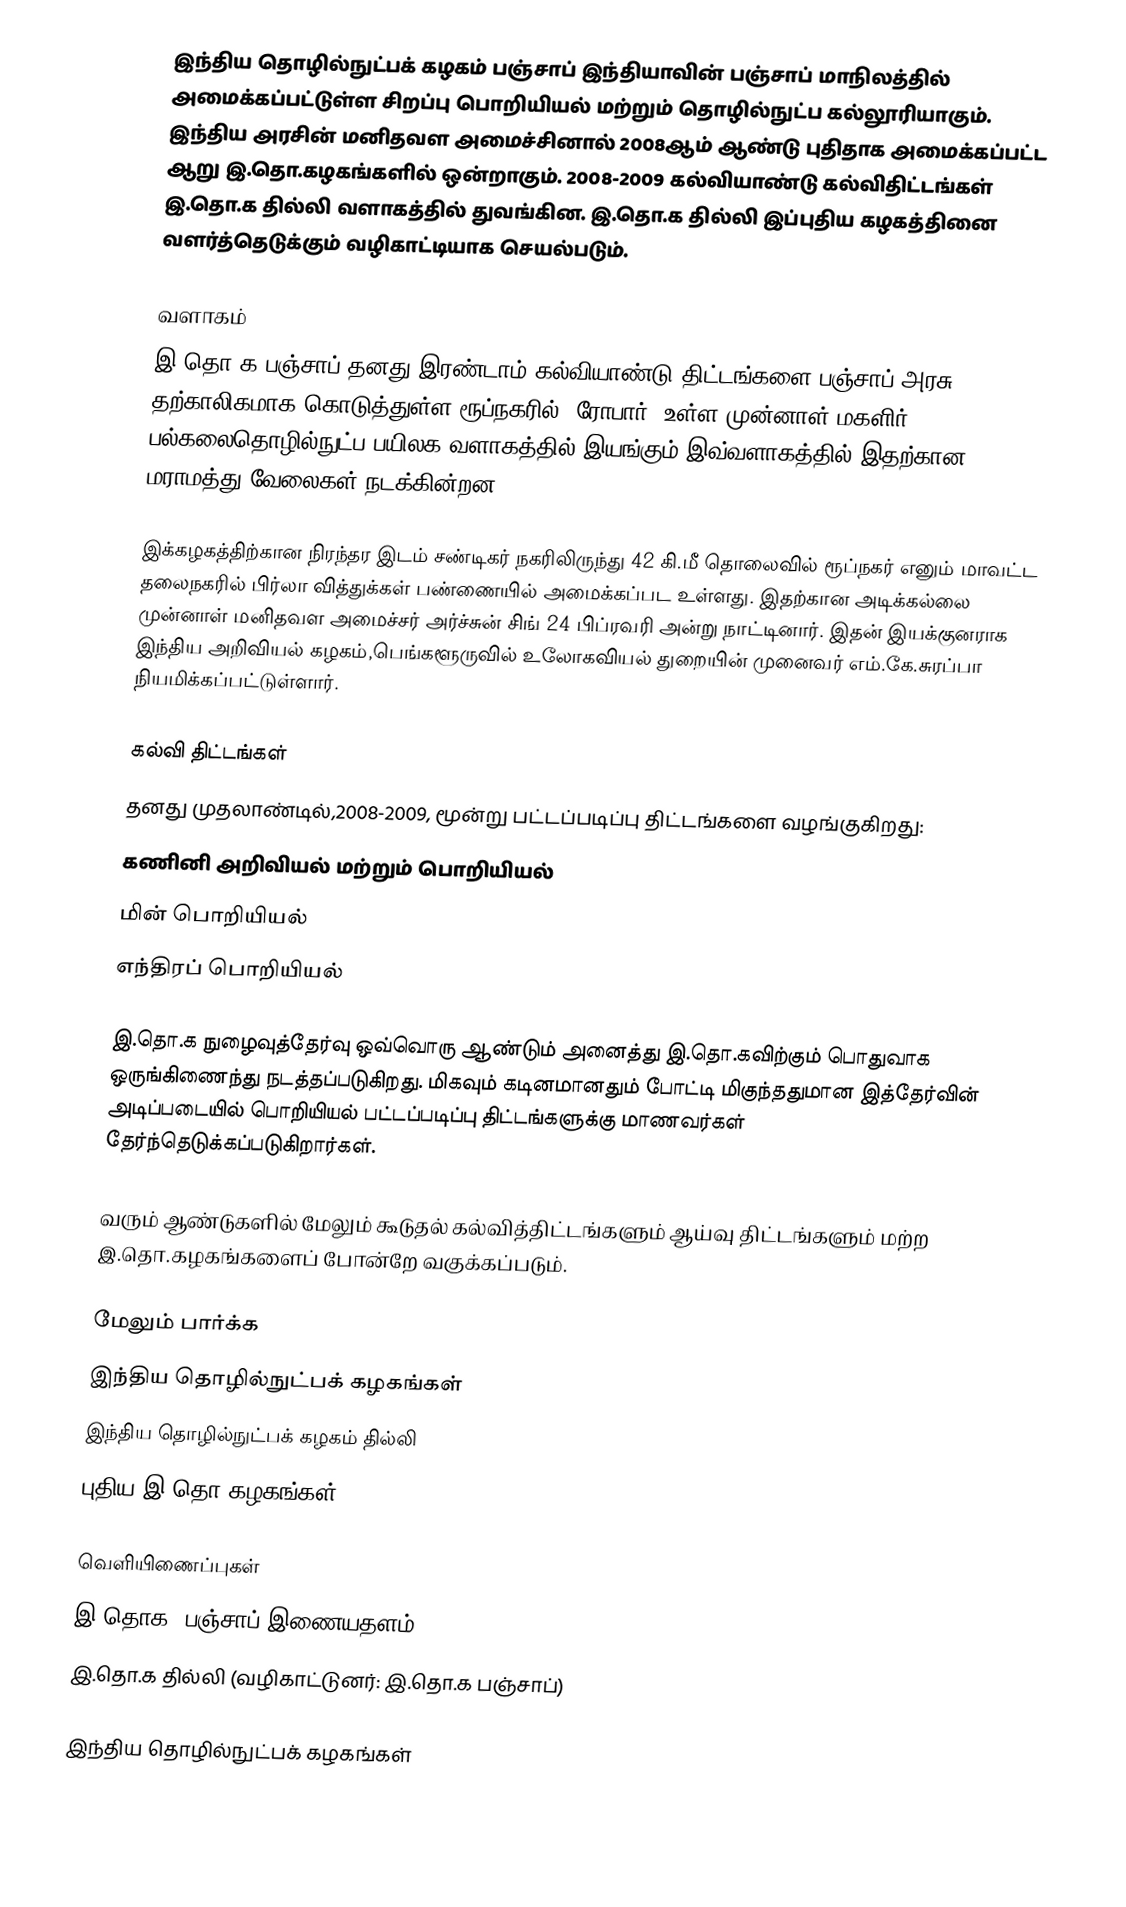
இந்திய தொழில்நுட்பக் கழகம் பஞ்சாப் இந்தியாவின் பஞ்சாப் மாநிலத்தில் அமைக்கப்பட்டுள்ள சிறப்பு பொறியியல் மற்றும் தொழில்நுட்ப கல்லூரியாகும். இந்திய அரசின் மனிதவள அமைச்சினால் 2008ஆம் ஆண்டு புதிதாக அமைக்கப்பட்ட ஆறு இ.தொ.கழகங்களில் ஒன்றாகும். 2008-2009 கல்வியாண்டு கல்விதிட்டங்கள் இ.தொ.க தில்லி வளாகத்தில் துவங்கின. இ.தொ.க தில்லி இப்புதிய கழகத்தினை வளர்த்தெடுக்கும் வழிகாட்டியாக செயல்படும்.

வளாகம்
இ.தொ.க பஞ்சாப் தனது இரண்டாம் கல்வியாண்டு திட்டங்களை பஞ்சாப் அரசு தற்காலிகமாக கொடுத்துள்ள ரூப்நகரில் (ரோபார்) உள்ள முன்னாள் மகளிர் பல்கலைதொழில்நுட்ப பயிலக வளாகத்தில் இயங்கும்.இவ்வளாகத்தில் இதற்கான மராமத்து வேலைகள் நடக்கின்றன.

இக்கழகத்திற்கான நிரந்தர இடம் சண்டிகர் நகரிலிருந்து 42 கி.மீ தொலைவில் ரூப்நகர் எனும் மாவட்ட தலைநகரில் பிர்லா வித்துக்கள் பண்ணையில் அமைக்கப்பட உள்ளது. இதற்கான அடிக்கல்லை முன்னாள் மனிதவள அமைச்சர் அர்ச்சுன் சிங் 24 பிப்ரவரி அன்று நாட்டினார். இதன் இயக்குனராக இந்திய அறிவியல் கழகம்,பெங்களூருவில் உலோகவியல் துறையின் முனைவர் எம்.கே.சுரப்பா நியமிக்கப்பட்டுள்ளார்.

கல்வி திட்டங்கள்
தனது முதலாண்டில்,2008-2009, மூன்று பட்டப்படிப்பு திட்டங்களை வழங்குகிறது:
 கணினி அறிவியல் மற்றும் பொறியியல்
 மின் பொறியியல்
 எந்திரப் பொறியியல்

இ.தொ.க நுழைவுத்தேர்வு ஒவ்வொரு ஆண்டும் அனைத்து இ.தொ.கவிற்கும் பொதுவாக ஒருங்கிணைந்து நடத்தப்படுகிறது. மிகவும் கடினமானதும் போட்டி மிகுந்ததுமான இத்தேர்வின் அடிப்படையில் பொறியியல் பட்டப்படிப்பு திட்டங்களுக்கு மாணவர்கள் தேர்ந்தெடுக்கப்படுகிறார்கள்.

வரும் ஆண்டுகளில் மேலும் கூடுதல் கல்வித்திட்டங்களும் ஆய்வு திட்டங்களும் மற்ற இ.தொ.கழகங்களைப் போன்றே வகுக்கப்படும்.

மேலும் பார்க்க
இந்திய தொழில்நுட்பக் கழகங்கள்
இந்திய தொழில்நுட்பக் கழகம் தில்லி
புதிய இ.தொ.கழகங்கள்

வெளியிணைப்புகள்
இ.தொக. பஞ்சாப் இணையதளம்
இ.தொ.க தில்லி (வழிகாட்டுனர்: இ.தொ.க பஞ்சாப்)

இந்திய தொழில்நுட்பக் கழகங்கள்